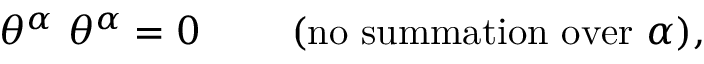
\theta ^ { \alpha } \ \theta ^ { \alpha } = 0 \qquad \mathrm { ~ ( n o ~ s u m m a t i o n ~ o v e r } \ \alpha ) ,